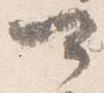
可